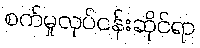
စက်မှုလုပ်ငန်းဆိုင်ရာ